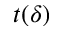
t ( \delta )